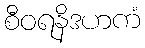
စီဝရနိဒဟကံ